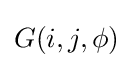
{\textstyle G(i,j,\phi )}